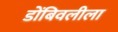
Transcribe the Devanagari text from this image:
डोंबिवलीला